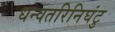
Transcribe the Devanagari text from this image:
धन्वतरिनिघंटु